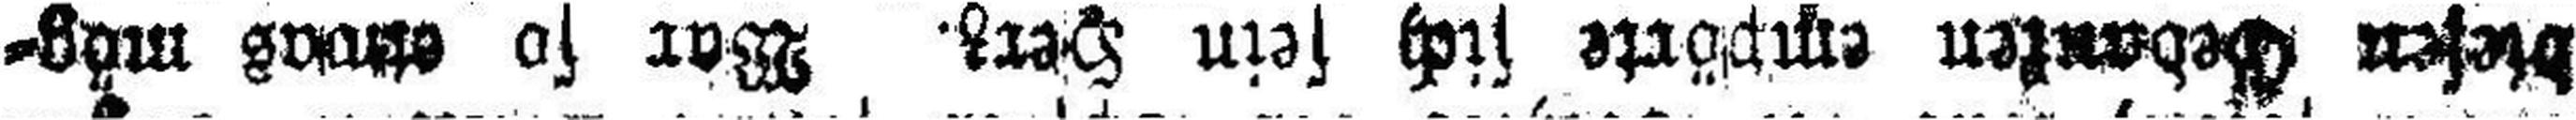
diesen Gedanken empörte sich sein Herz. War so etwas mög¬